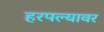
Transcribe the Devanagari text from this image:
हरपल्यावर